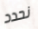
نحدد